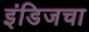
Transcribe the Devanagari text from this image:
इंडिजचा